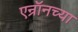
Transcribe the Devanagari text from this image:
एन्रॉनच्या